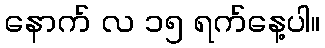
နောက် လ ၁၅ ရက်နေ့ပါ။